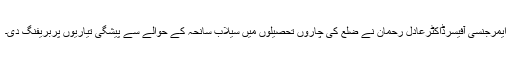
ایمرجنسی آفیسرڈاکٹرعادل رحمان نے ضلع کی چاروں تحصیلوں میں سیلاب سانحہ کے حوالے سے پیشگی تیاریوں پربریفنگ دی۔